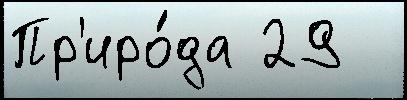
Пр'иро́да 29